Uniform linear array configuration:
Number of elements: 32
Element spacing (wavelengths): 0.75
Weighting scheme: blackman
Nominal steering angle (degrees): -30
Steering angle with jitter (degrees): -29.329
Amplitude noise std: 0.05
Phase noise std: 0.05

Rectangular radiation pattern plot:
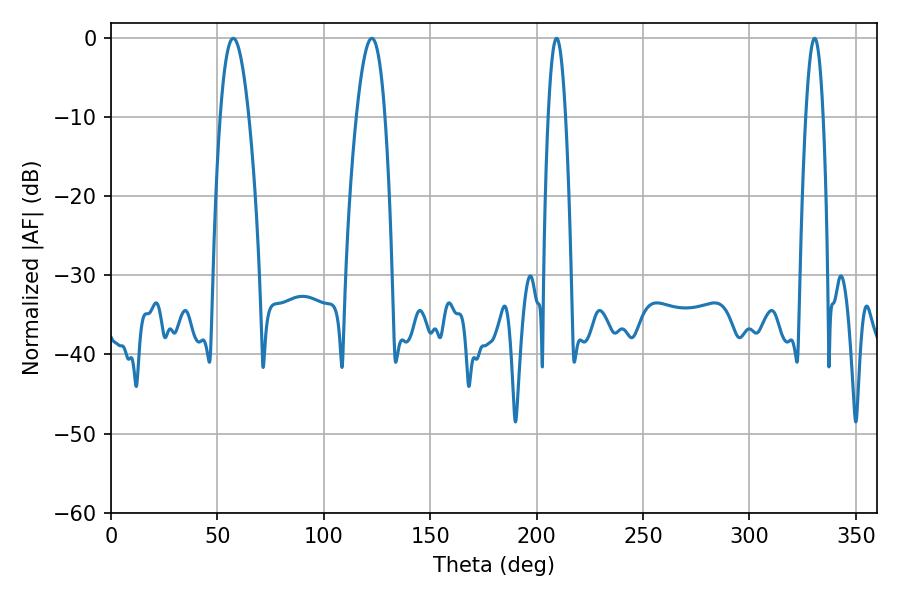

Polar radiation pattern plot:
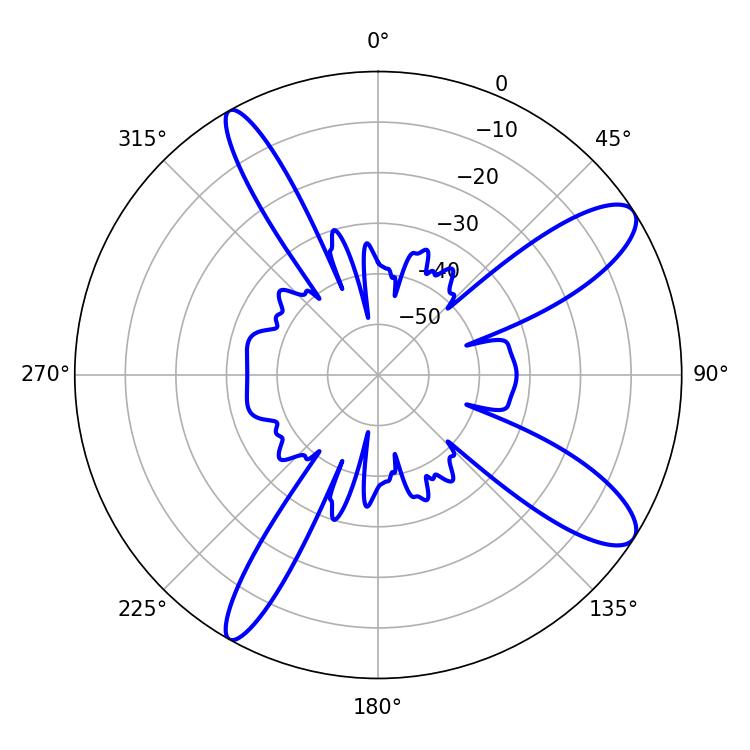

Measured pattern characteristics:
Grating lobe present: TRUE
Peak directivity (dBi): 11.215
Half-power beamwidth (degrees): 7.38
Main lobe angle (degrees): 57.42